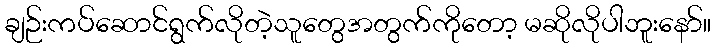
ချဉ်းကပ်ဆောင်ရွက်လိုတဲ့သူတွေအတွက်ကိုတော့ မဆိုလိုပါဘူးနော်။